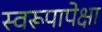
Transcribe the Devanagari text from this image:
स्वरूपापेक्षा